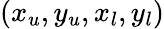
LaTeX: \left(x_{u},y_{u},x_{l},y_{l}\right)